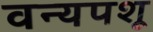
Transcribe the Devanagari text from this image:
वन्यपशू